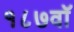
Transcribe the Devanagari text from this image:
१८७वॉ